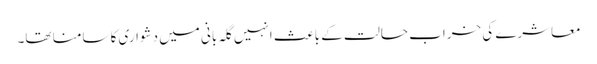
معاشرے کی خراب حالت کے باعث انہیں گلہ بانی میں دشواری کا سامنا تھا۔